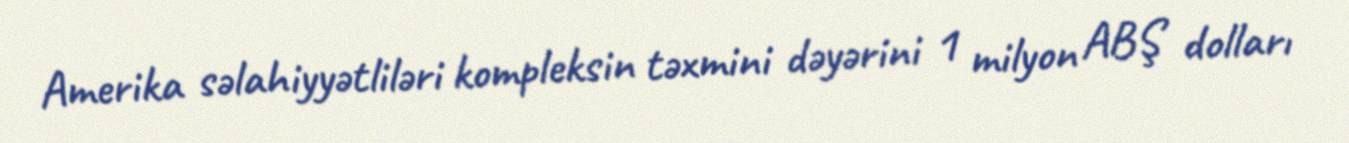
Amerika səlahiyyətliləri kompleksin təxmini dəyərini 1 milyon ABŞ dolları